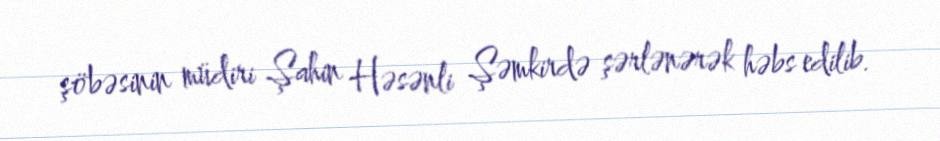
şöbəsinin müdiri Şahin Həsənli Şəmkirdə şərlənərək həbs edilib.